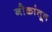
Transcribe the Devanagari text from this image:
नौकांतून